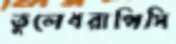
তুলেধরাপিসি